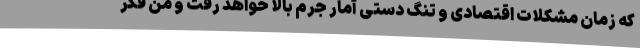
که زمان مشکلات اقتصادی و تنگ دستی آمار جرم بالا خواهد رفت و من فکر